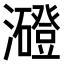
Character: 𤃶